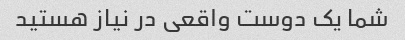
شما یک دوست واقعی در نیاز هستید